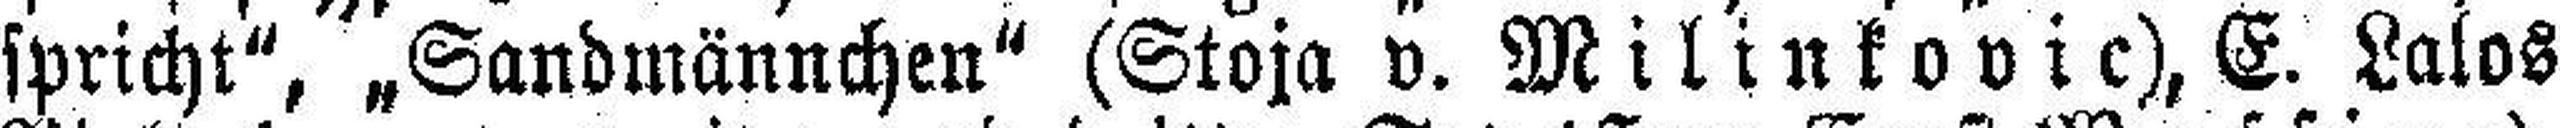
spricht", „Sandmännchen“ (Stoja v. Milinkovic), E. Lalos